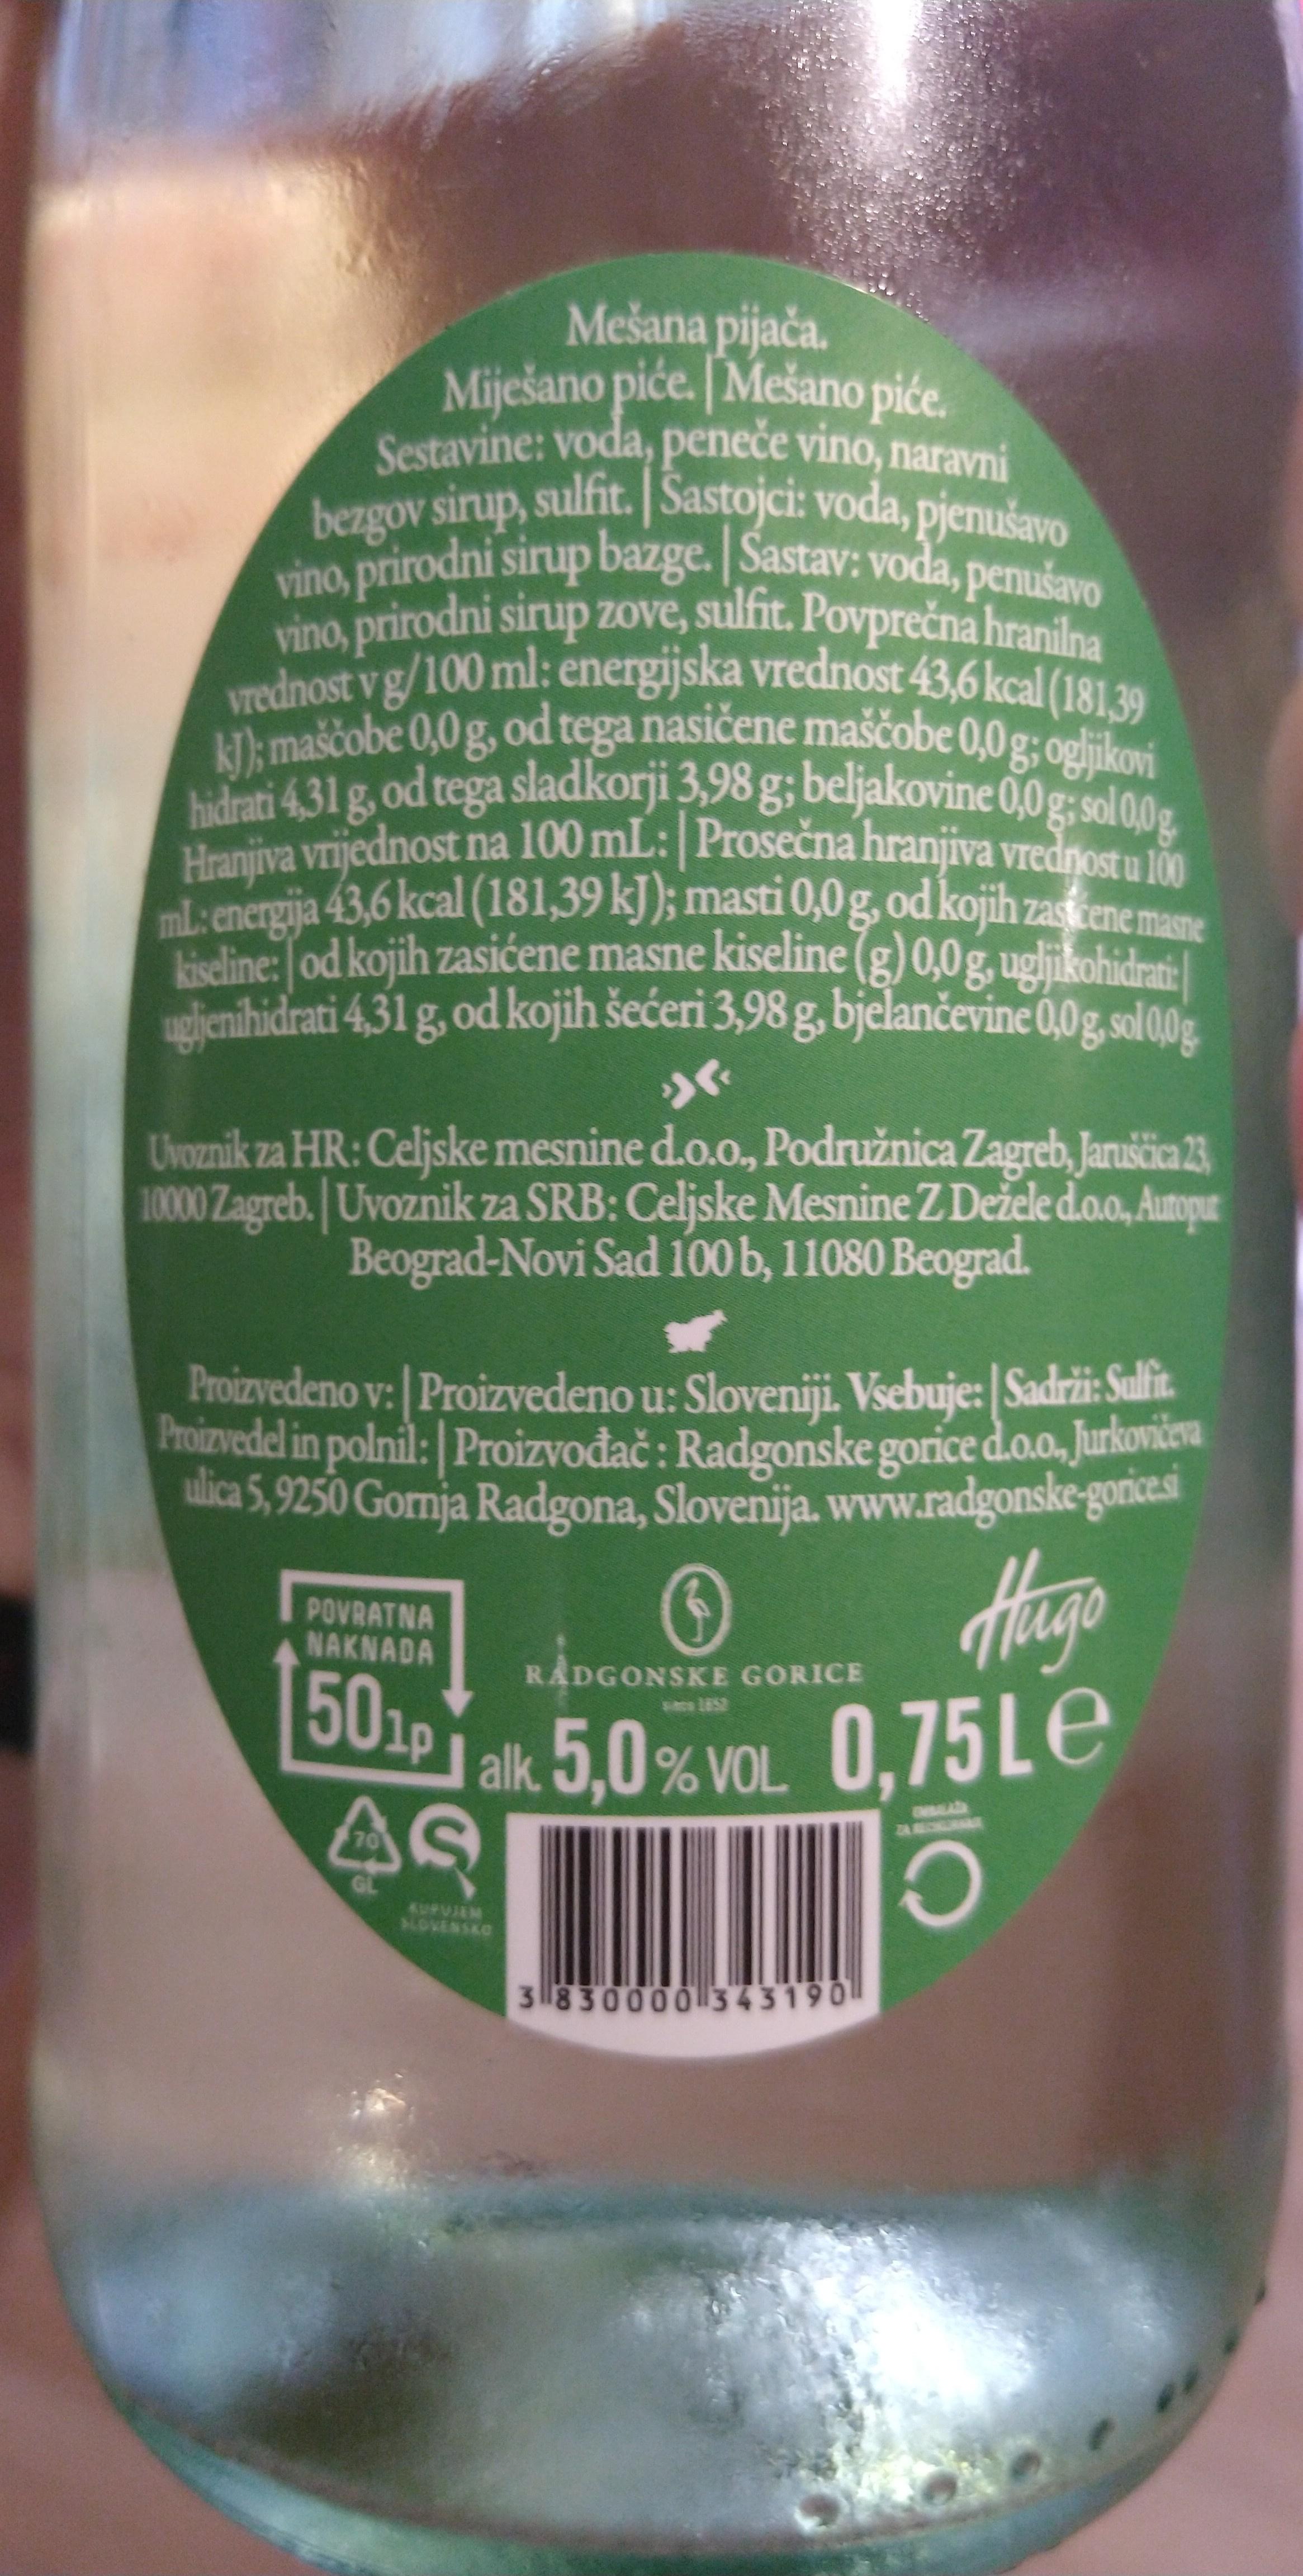
Mešana pijača. Miješano piće. |Mešano piće. Sestavine: voda, peneče vino, naravni bezgov sirup, sulfit.Sastojci: voda, pjenušavo vino, prirodni sirup bazge. Sastav: voda, penušavo vino, prirodni sirup zove, sulfit. Povprečna hranilna Vrednost v g/100 ml: energijska vrednost 43,6 kcal (181,39 k]); maščobe 0,0g, od tega nasičene maščobe 0,0 g; ogljikovi
bdeti 431 g, od tega sladkorji 3,98 g; beljakovine 0,0g; sol 00g Hraniiva vrijednost na 100 mL:|Prosečna hranjiva vrednostu lm ml: energija 43,6 kcal (181,39 kJ ); masti0,0g, od kojih zastene m Heline: od kojih zasićene masne kiseline (g) 0,0g, ugljikohidrai: ugljenihidrati 4,31 g, od kojih šećeri 3,98 g, bjelančevine 0,0g, sol0g
Uvoznik za HR: Celjske mesnine d.o.o., Podružnica Zagreb, Jaruščica 23 10000 Zagreb. Uvoznik za SRB: Celjske Mesnine Z Dežele d.o.o, Autopur Beograd-Novi Sad 100 b, 11080 Beograd.
Proizvedeno v: | Proizvedeno u: Sloveniji. Vsebuje: Sadrži: Suli. Proizvedel in polnil: Proizvođač: Radgonske gorice d.o.o. Jurkovieva ulica 5,9250 Gornja Radgona, Slovenija. www.radgonske-gories
Hage 0,75LE
POVRATNA NAKNADA
RADGONSKE GORICE
ss LES
alk. 5,0% VOL AS
70
GL KUPUJEM ALOVENSKO
3830000 343190